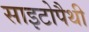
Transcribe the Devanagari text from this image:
साइटोपैथी